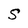
Character: S